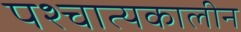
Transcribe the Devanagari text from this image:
पश्चात्यकालीन